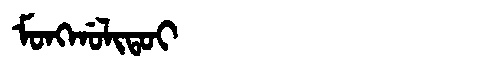
Manchu: ᠮᠣᠩᡤᠣᠯᡳᡨᠣᡳ
Romanization: MONGGOLITOI